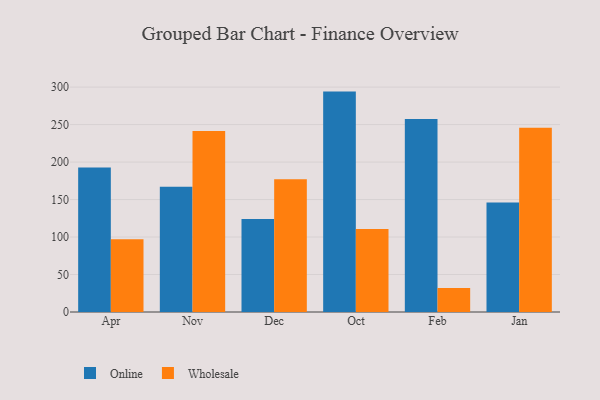
{"axis": {"x": "Month", "y": "Churn Rate (%)"}, "legend": ["Online", "Wholesale"], "data": [{"x": "Apr", "y": 192.8, "type": "Online"}, {"x": "Apr", "y": 97.0, "type": "Wholesale"}, {"x": "Nov", "y": 167.1, "type": "Online"}, {"x": "Nov", "y": 241.6, "type": "Wholesale"}, {"x": "Dec", "y": 124.1, "type": "Online"}, {"x": "Dec", "y": 177.2, "type": "Wholesale"}, {"x": "Oct", "y": 294.0, "type": "Online"}, {"x": "Oct", "y": 110.7, "type": "Wholesale"}, {"x": "Feb", "y": 257.6, "type": "Online"}, {"x": "Feb", "y": 31.9, "type": "Wholesale"}, {"x": "Jan", "y": 146.1, "type": "Online"}, {"x": "Jan", "y": 245.7, "type": "Wholesale"}]}